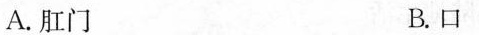
A.肛门 B.口